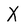
Character: X